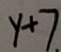
y + 7